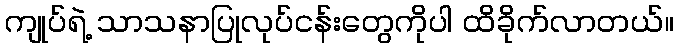
ကျုပ်ရဲ့ သာသနာပြုလုပ်ငန်းတွေကိုပါ ထိခိုက်လာတယ်။